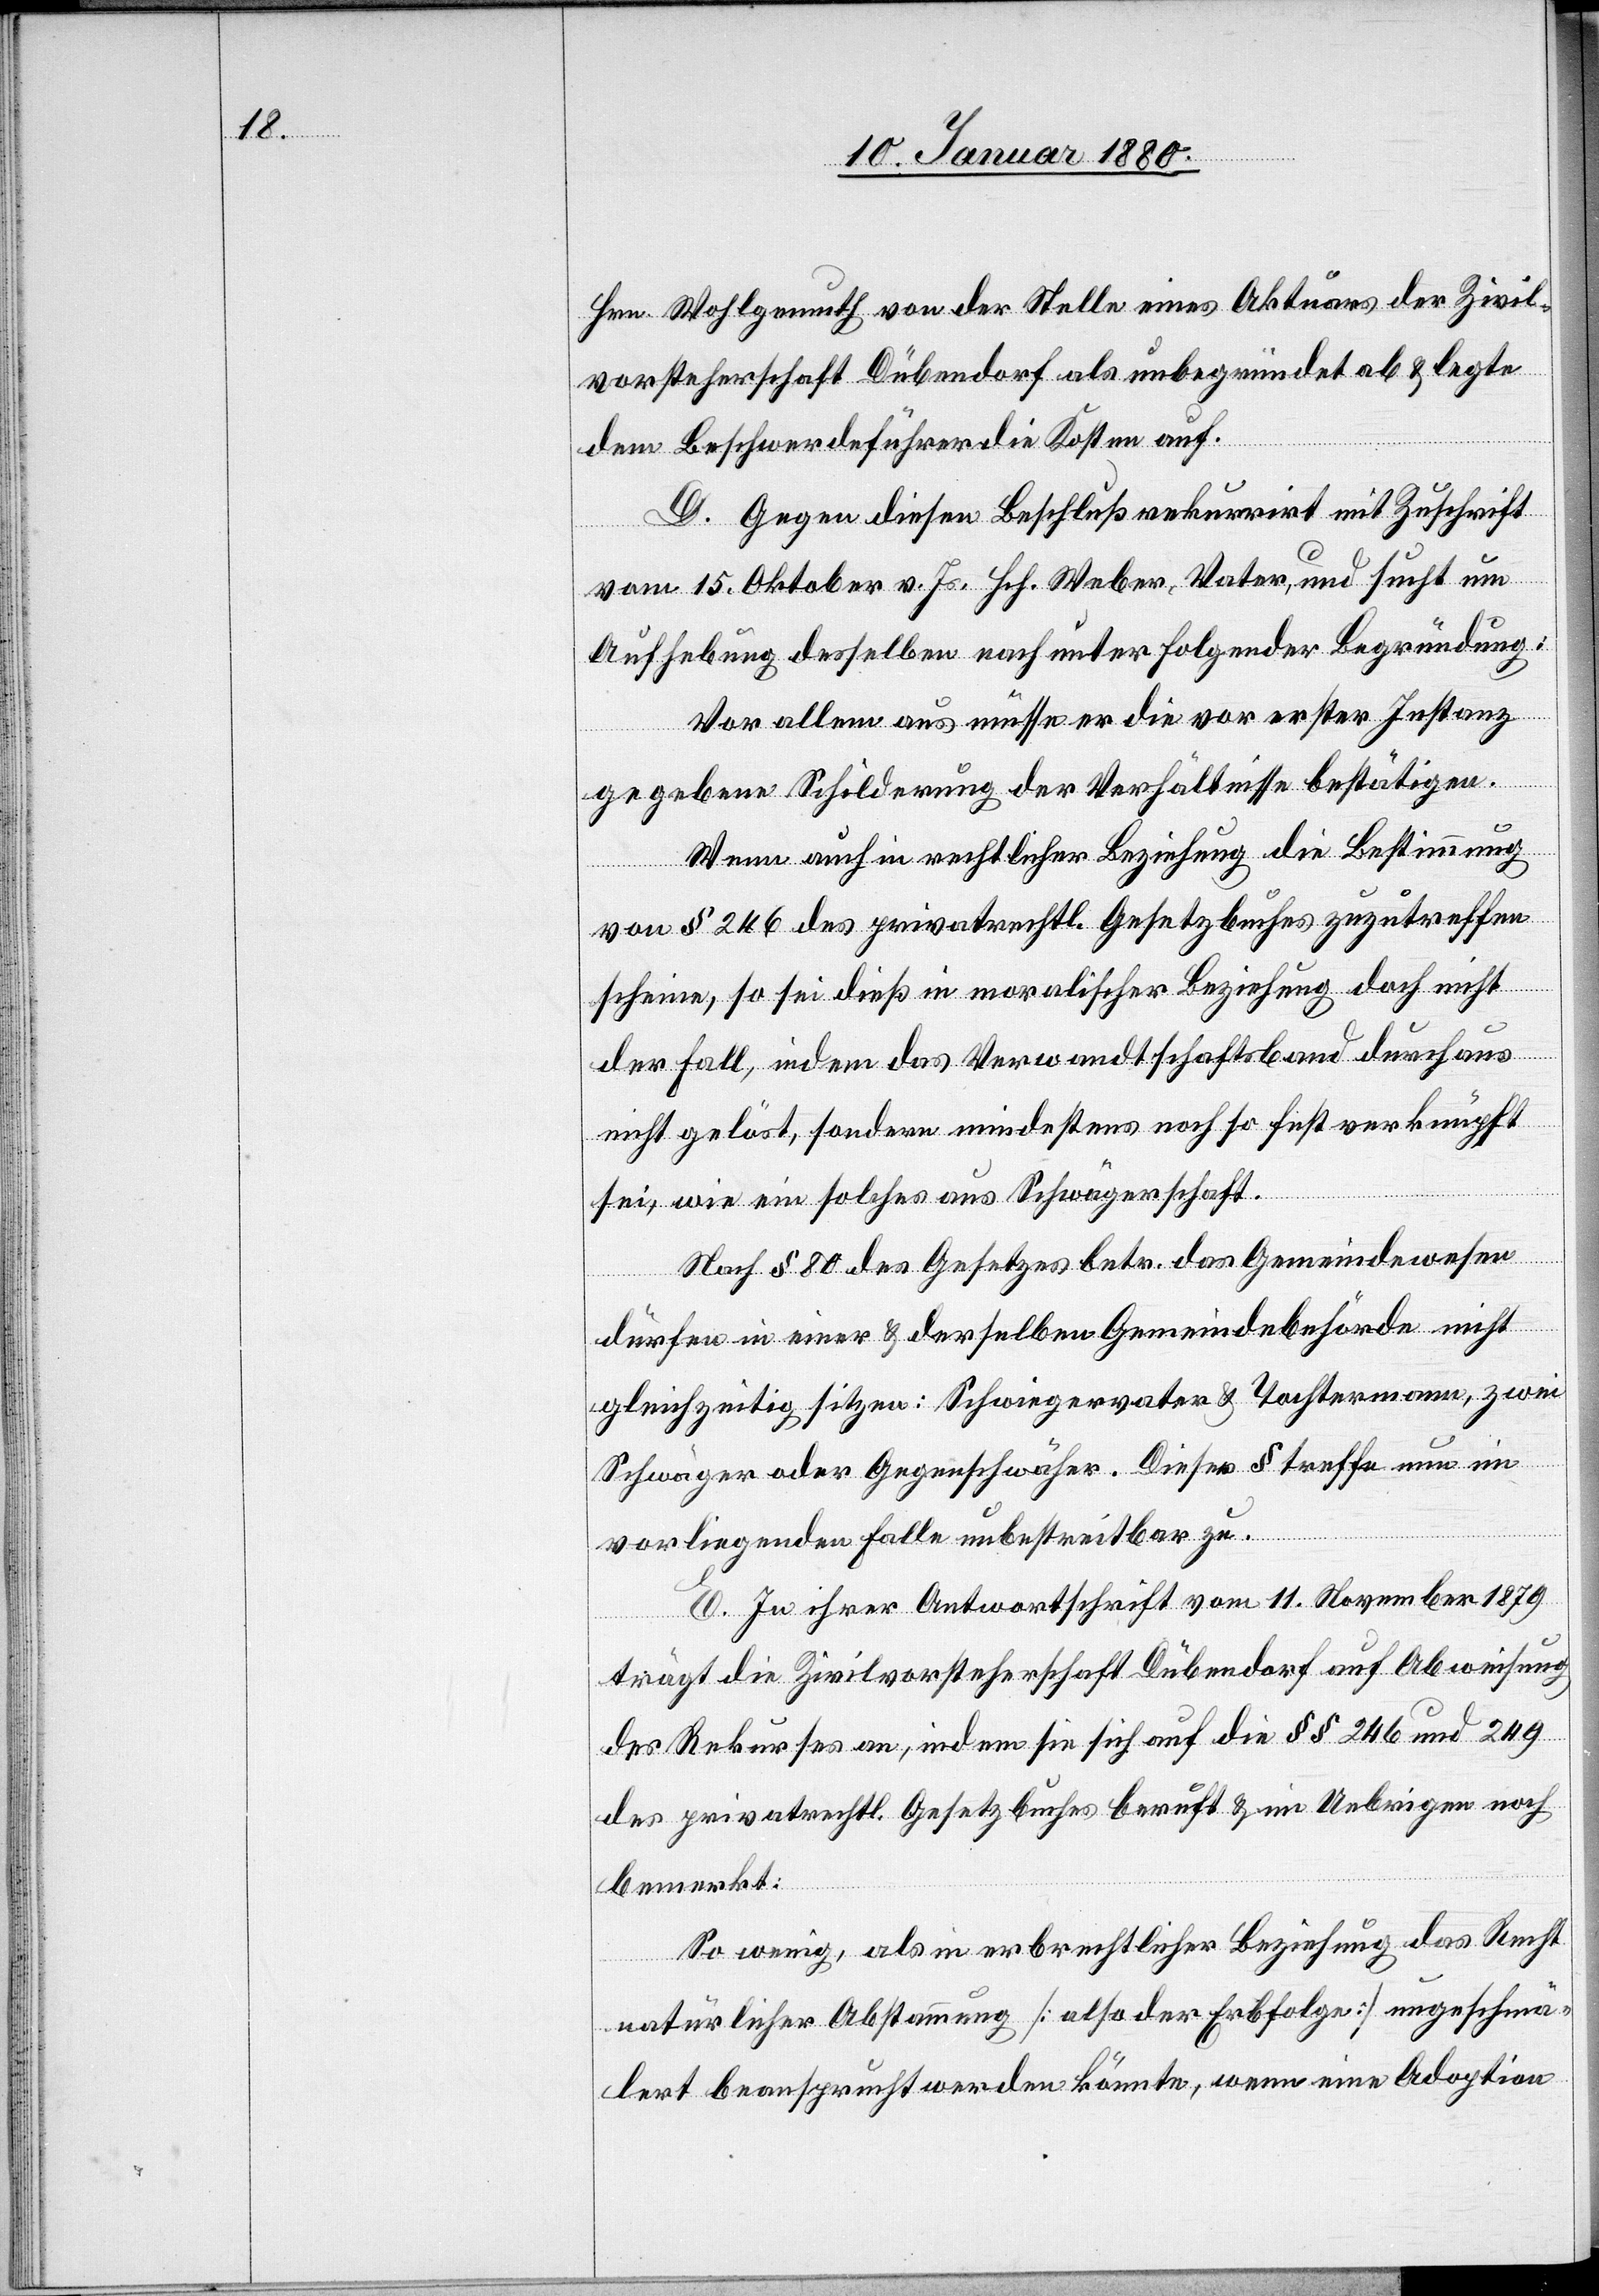
Hrn. Wohlgemuth von der Stelle eines Aktuars der Zivil¬
vorsteherschaft Dübendorf als unbegründet ab & legte
dem Beschwerdeführer die Kosten auf.
D. Gegen diesen Beschluß rekurrirt mit Zuschrift
vom 15. Oktober v. Js. Weber, Vater, und sucht um
Aufhebung desselben nach unter folgender Begründung:
Vor allem aus müsse er die vor erster Instanz
gegebene Schilderung der Verhältnisse bestätigen.
Wenn auch in rechtlicher Beziehung die Bestimmung
von § 246 des privatrechtl. Gesetzbuches zuzutreffen
scheine, so sei dieß in moralischer Beziehung doch nicht
der Fall, indem das Verwandtschaftsband durchaus
nicht gelöst, sondern mindestens noch so fest verknüpft
sei, wie ein solches aus Schwägerschaft.
Nach § 80 des Gesetzes betr. das Gemeindewesen
dürfen in einer & derselben Gemeindebehörde nicht
gleichzeitig sitzen: Schwiegervater & Tochtermann, zwei
Schwäger oder Gegenschwäger. Dieser § treffe nun im
vorliegenden Falle unbestreitbar zu.
E. In ihrer Antwortschrift vom 11. November 1879
trägt die Zivilvorsteherschaft Dübendorf auf Abweisung
des Rekurses an, indem sie sich auf die §§ 246 und 249
des privatrechtl. Gesetzbuches beruft & im Uebrigen noch
bemerkt:
So wenig, als in erbrechtlicher Beziehung das Recht
natürlicher Abstammung [also der Erbfolge] ungeschmä¬
lert beansprucht werden könnte, wenn eine Adoption